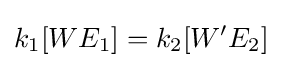
k_{1}[WE_{1}]=k_{2}[W'E_{2}]